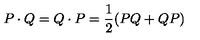
P \cdot Q = Q \cdot P = \frac { 1 } { 2 } ( P Q + Q P )